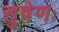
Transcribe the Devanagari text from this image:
सुषेणः